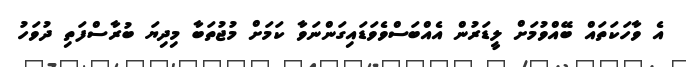
އެ ވާހަކަތައް ބޭއްވުމަށް ލީޑަރުން އެއްބަސްވެވަޑައިގަންނަވާ ކަމަށް މުޖުތަބާ މިދިޔަ ބުރާސްފަތި ދުވަހު